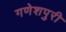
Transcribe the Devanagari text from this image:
गणेशपुरी